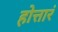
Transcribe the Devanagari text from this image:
होत्तारं